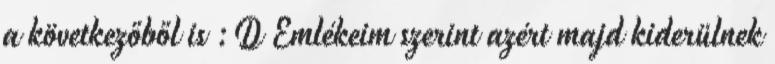
a következőből is :D Emlékeim szerint azért majd kiderülnek